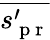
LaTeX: \overline{{s_{\mathrm{~p~r~}}^{\prime}}}